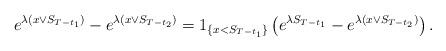
LaTeX: \begin{align*}e^{\lambda (x\vee S_{T-t_1})}-e^{\lambda (x\vee S_{T-t_2})}= 1_{\{x<S_{T-t_1}\}}\left(e^{\lambda S_{T-t_1}}-e^{\lambda(x\vee S_{T-t_2})}\right).\end{align*}